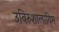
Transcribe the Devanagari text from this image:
उविरुशालायिम